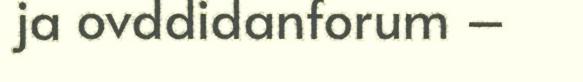
ja ovddidanforum –